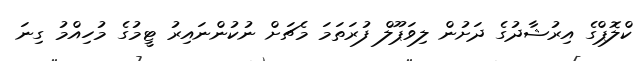
ކްލޮޕްގެ އިރުޝާދުގެ ދަށުން ލިވަޕޫލް ފުރަތަމަ މެޗަށް ނުކުންނައިރު ޓީމުގެ މުހިއްމު ގިނަ